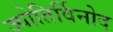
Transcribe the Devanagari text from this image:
ज्योतिर्विनोद